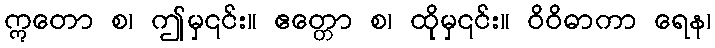
ဣတော စ၊ ဤမှ၎င်း။ ဧတ္တော စ၊ ထိုမှ၎င်း။ ဝိဝိဓာကာ ရေန၊